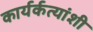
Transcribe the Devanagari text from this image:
कार्यर्कत्यांशी